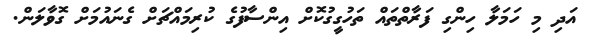
އަދި މި ހަމަލާ ހިންގި ފަރާތްތައް ތަހުގީގުކޮށް އިންސާފުގެ ކުރިމައްޗަށް ގެނައުމަށް ގޮވާލަން.